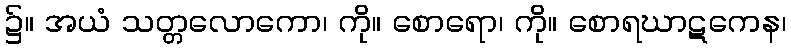
၌။ အယံ သတ္တလောကော၊ ကို။ စောရော၊ ကို။ စောရဃာဋကေန၊